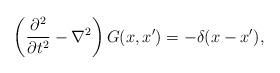
LaTeX: \begin{align*}\left({\partial^2\over\partial t^2}-\nabla^2\right)G(x,x')=-\delta(x-x'),\end{align*}